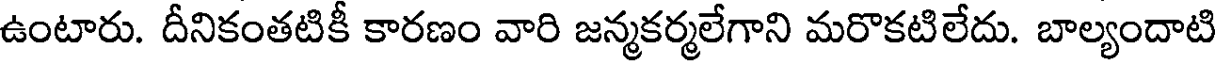
ఉంటారు. దీనికంతటికీ కారణం వారి జన్మకర్మలేగాని మరొకటిలేదు. బాల్యందాటి